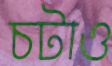
চটাও